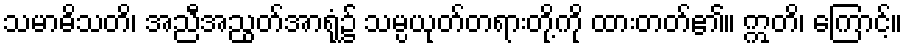
သမာဓိသတိ၊ အညီအညွတ်အာရုံ၌ သမ္ပယုတ်တရားတို့ကို ထားတတ်၏။ ဣတိ၊ ကြောင့်။